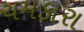
ચમકારા